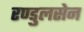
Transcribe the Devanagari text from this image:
रण्डुलसेन